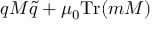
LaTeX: q M \tilde { q } + \mu _ { 0 } \mathrm { T r } ( m M )